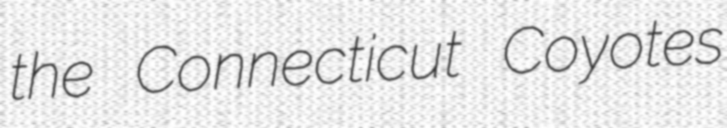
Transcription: the Connecticut Coyotes